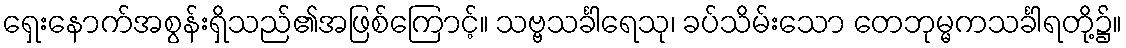
ရှေးနောက်အစွန်းရှိသည်၏အဖြစ်ကြောင့်။ သဗ္ဗသင်္ခါရေသု၊ ခပ်သိမ်းသော တေဘုမ္မကသင်္ခါရတို့၌။